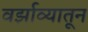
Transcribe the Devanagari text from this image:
वर्झाव्यातून